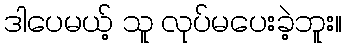
ဒါပေမယ့် သူ လုပ်မပေးခဲ့ဘူး။